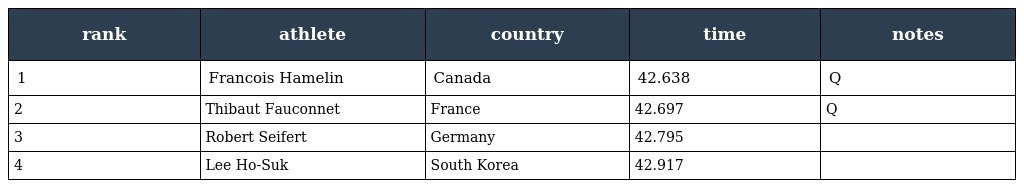
| rank | athlete | country | time | notes |
 | --- | --- | --- | --- | --- |
 | 1 | Francois Hamelin | Canada | 42.638 | Q |
 | 2 | Thibaut Fauconnet | France | 42.697 | Q |
 | 3 | Robert Seifert | Germany | 42.795 |  |
 | 4 | Lee Ho-Suk | South Korea | 42.917 |  |